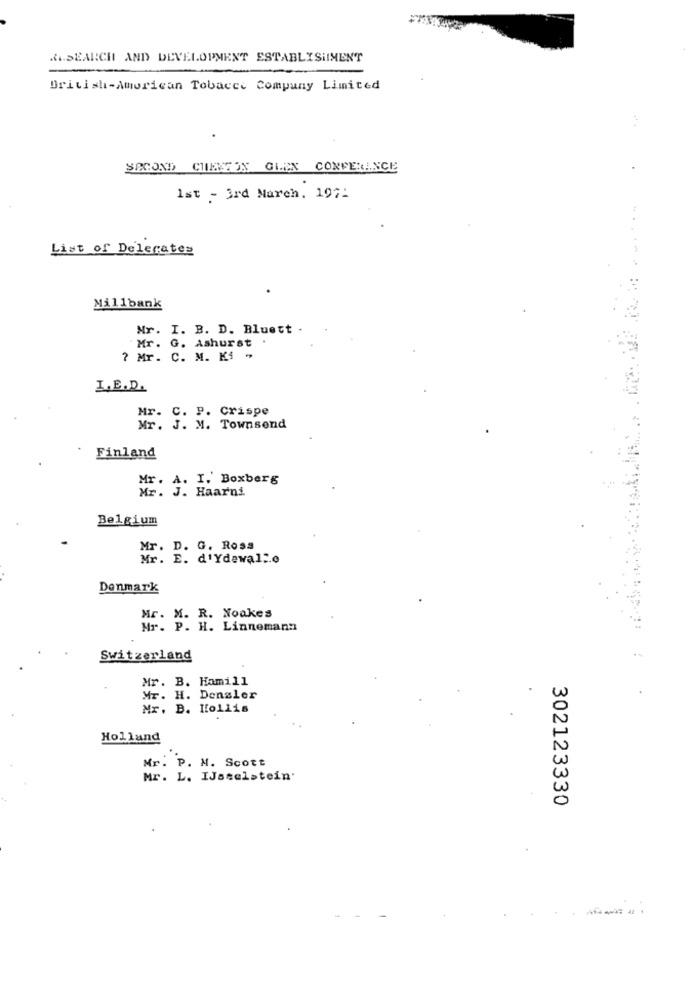
.SEARCH AND DEVELOPMENT ESTABLISHMENT
British-American Tobacco Company Limited
SECOND CHERSON GLEN CONFERENCE
1st - 3rd March. 197.
List of Delegater
Millbank
Mr. I. B. D. Bluett .
Mr. G. Ashurst .
? Mr. C. M. K4 -
I.E.D.
Mr. C. P. Crispe
Mr. J. M. Townsend
Finland
Mr. A. I. Boxberg
Mr. J. Haarni
Belgium
Mr. D. G. Rosa
Mr. E. d'Ydewal :. o
Denmark
Mr. M. R. Noakes
Mr. P. H. Linnemann
Switzerland
Mr. B. Hamill
Mr. H. Dengler
Mr. B. Hollis
Holland
Mr. P. M. Scott
Mr. L. IJsselstein'
302123330
-------